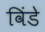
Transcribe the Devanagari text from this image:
विंडे